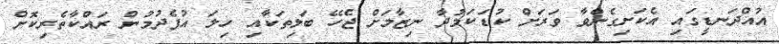
އުއްދަނޑީގައި އެކަށިގެންވާ ވަރަށް ކުޑަކަމުދާ ނިޒާމަށް ޖެހޭ ބަލިތަކާއި ހިލަ އުފެދުމުން ރައްކާތެރިކޮށް